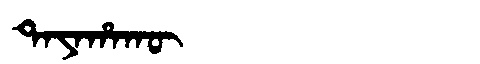
Manchu: ᡨᠠᠶᠠᡥᠠᡴᡡ
Romanization: TAYAHAKŪ